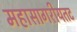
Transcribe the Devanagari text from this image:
महासागरीयतट